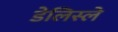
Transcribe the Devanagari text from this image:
डेलिस्ले